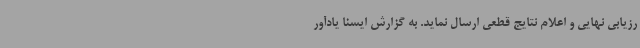
رزیابی نهایی و اعلام نتایج قطعی ارسال نماید. به گزارش ایسنا یادآور